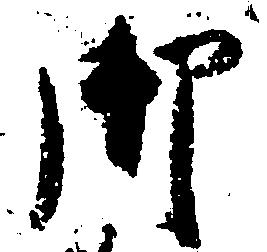
御